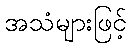
အသံများဖြင့်